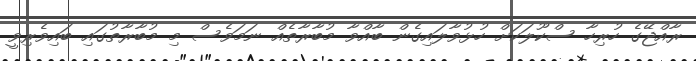
ރާއްޖޭގެ ހުރިހާ ސްކޫލަކަށް ހުޅުވާލައިގެން ބާއްވާ މުބާރާތެއް ނަމަވެސް މި މުބާރާތުގައި ބައިވެރިވީ